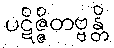
ပဋိဇ္ဇိတဗ္ဗန္တိ